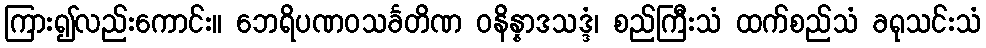
ကြား၍လည်းကောင်း။ ဘေရိပဏဝသင်္ခတိဏ ဝနိန္နာဒသဒ္ဒံ၊ စည်ကြီးသံ ထက်စည်သံ ခရုသင်းသံ